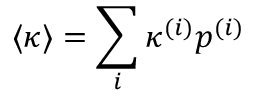
\langle \kappa \rangle = \sum _ { i } \kappa ^ { ( i ) } p ^ { ( i ) }